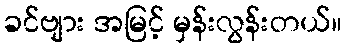
ခင်ဗျား အမြင့် မှန်းလွန်းတယ်။